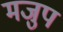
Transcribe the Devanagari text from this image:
मजुप